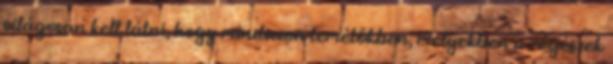
világosan kell látni, hogy mindazon temetőkben, melyekben a régészek